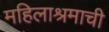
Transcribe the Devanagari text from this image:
महिलाश्रमाची